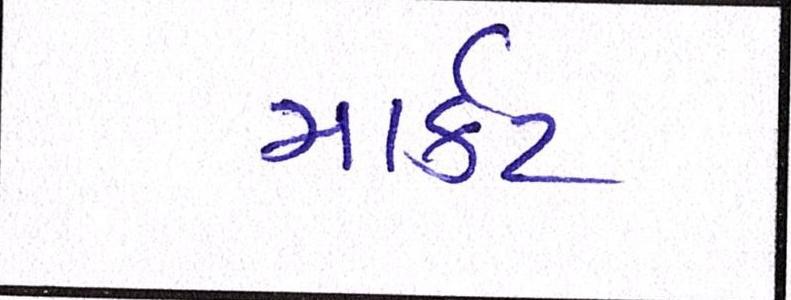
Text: માર્ક઼ટ